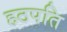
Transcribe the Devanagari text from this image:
हठपति